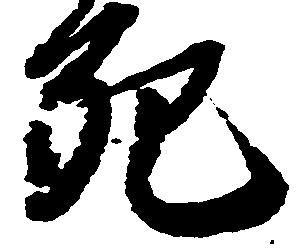
死